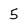
Character: 5